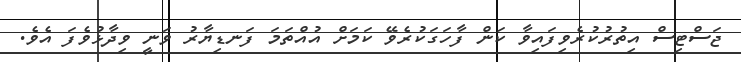
ޖަސްޓިސް އިތުރުކުރެވިފައިވާ ކަން ފާހަގަކުރެވޭ ކަމަށް އުއްތަމަ ފަނޑިޔާރު ވަނީ ވިދާޅުވެފަ އެވެ.